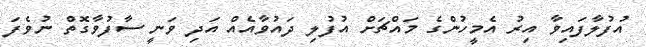
އުފުލާފައިވާ އިރު އެމީހުންގެ މައްޗަށް އުފުލި ދައުވާއެއް އަދި ވަނީ ސާފުވާގޮތް ނުވެފަ